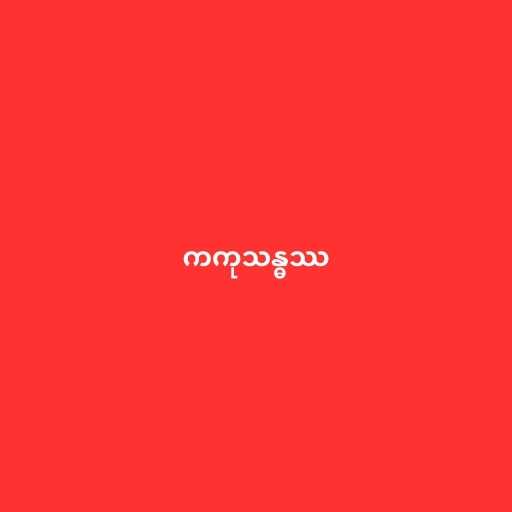
ကကုသန္ဓဿ